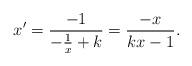
LaTeX: \begin{align*}x'=\frac{-1}{-\frac{1}{x}+k}=\frac{-x}{kx-1}.\end{align*}